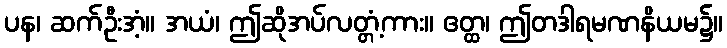
ပန၊ ဆက်ဦးအံ့။ အယံ၊ ဤဆိုအပ်လတ္တံ့ကား။ ဧတ္ထ၊ ဤတဒါရမဏနိယမ၌။